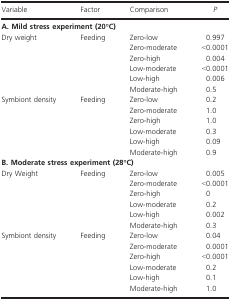
<table><thead><tr><td><b>Variable</b></td><td><b>Factor</b></td><td><b>Comparison</b></td><td><b><i>P</i></b></td></tr></thead><tbody><tr><td colspan="4"><b>A. Mild stress experiment (20°C)</b></td></tr><tr><td rowspan="6">Dry weight</td><td rowspan="6">Feeding</td><td>Zero‐low</td><td>0.997</td></tr><tr><td>Zero‐moderate</td><td>&lt;0.0001</td></tr><tr><td>Zero‐high</td><td>0.004</td></tr><tr><td>Low‐moderate</td><td>&lt;0.0001</td></tr><tr><td>Low‐high</td><td>0.006</td></tr><tr><td>Moderate‐high</td><td>0.5</td></tr><tr><td rowspan="6">Symbiont density</td><td rowspan="6">Feeding</td><td>Zero‐low</td><td>0.2</td></tr><tr><td>Zero‐moderate</td><td>1.0</td></tr><tr><td>Zero‐high</td><td>1.0</td></tr><tr><td>Low‐moderate</td><td>0.3</td></tr><tr><td>Low‐high</td><td>0.09</td></tr><tr><td>Moderate‐high</td><td>0.9</td></tr><tr><td colspan="4"><b>B. Moderate stress experiment (28°C)</b></td></tr><tr><td rowspan="6">Dry Weight</td><td rowspan="6">Feeding</td><td>Zero‐low</td><td>0.005</td></tr><tr><td>Zero‐moderate</td><td>&lt;0.0001</td></tr><tr><td>Zero‐high</td><td>0</td></tr><tr><td>Low‐moderate</td><td>0.2</td></tr><tr><td>Low‐high</td><td>0.002</td></tr><tr><td>Moderate‐high</td><td>0.3</td></tr><tr><td rowspan="6">Symbiont density</td><td rowspan="6">Feeding</td><td>Zero‐low</td><td>0.04</td></tr><tr><td>Zero‐moderate</td><td>0.0001</td></tr><tr><td>Zero‐high</td><td>&lt;0.0001</td></tr><tr><td>Low‐moderate</td><td>0.2</td></tr><tr><td>Low‐high</td><td>0.1</td></tr><tr><td>Moderate‐high</td><td>1.0</td></tr></tbody></table>